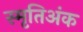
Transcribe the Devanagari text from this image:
स्मृतिअंक